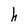
Character: h